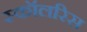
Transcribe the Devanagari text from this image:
स्कॉलरिस